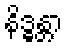
နိဒ္ဓန္တာ